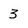
Character: 3